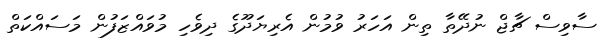
ސާވިސް ޗާޖް ނުދޭތާ ތިން އަހަރު ވުމުން އެރިޔަދޫގެ ދިވެހި މުވައްޒަފުން މަސައްކަތް